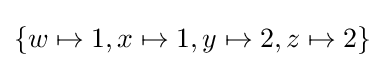
\left\{{w}\mapsto 1,{x}\mapsto 1,{y}\mapsto 2,{z}\mapsto 2\right\}